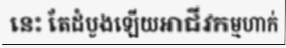
នេះ តែដំបូងឡើយអាជីវកម្មហាក់